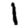
Digit: 1